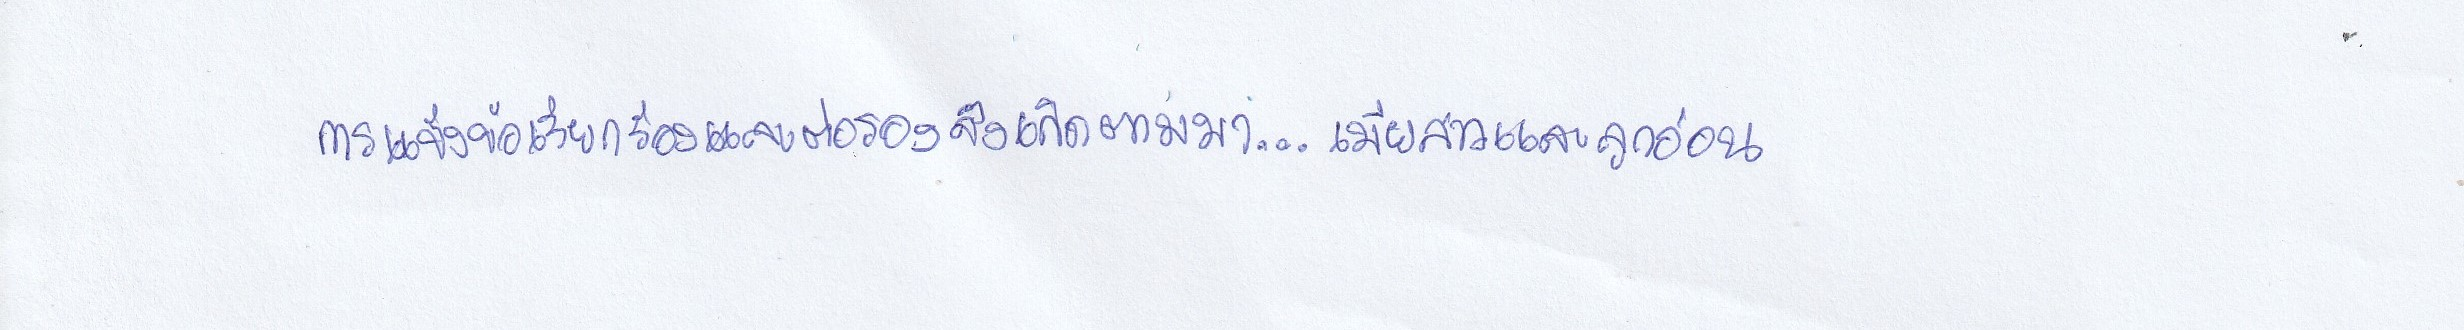
การแข็งข้อเรียกร้องและต่อรองจึงเกิดตามมา...เมียสาวและลูกอ่อน